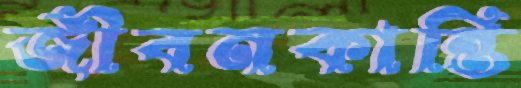
জীবনকান্তি